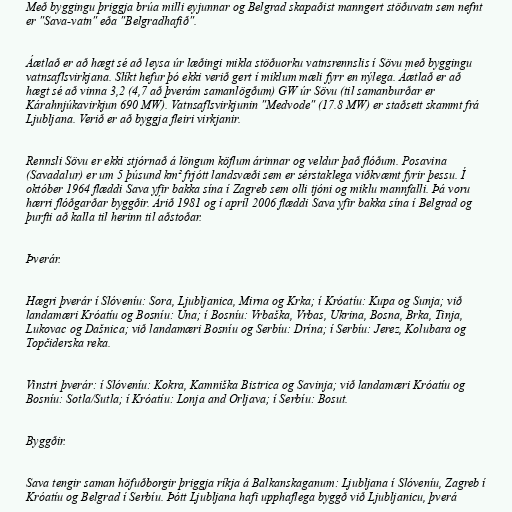
Með byggingu þriggja brúa milli eyjunnar og Belgrad skapaðist manngert stöðuvatn sem nefnt
er "Sava-vatn" eða "Belgradhafið".

Áætlað er að hægt sé að leysa úr læðingi mikla stöðuorku vatnsrennslis í Sövu með byggingu
vatnsaflsvirkjana. Slíkt hefur þó ekki verið gert í miklum mæli fyrr en nýlega. Áætlað er að
hægt sé að vinna 3,2 (4,7 að þverám samanlögðum) GW úr Sövu (til samanburðar er
Kárahnjúkavirkjun 690 MW). Vatnsaflsvirkjunin "Medvode" (17.8 MW) er staðsett skammt frá
Ljubljana. Verið er að byggja fleiri virkjanir.

Rennsli Sövu er ekki stjórnað á löngum köflum árinnar og veldur það flóðum. Posavina
(Savadalur) er um 5 þúsund km² frjótt landsvæði sem er sérstaklega viðkvæmt fyrir þessu. Í
október 1964 flæddi Sava yfir bakka sína í Zagreb sem olli tjóni og miklu mannfalli. Þá voru
hærri flóðgarðar byggðir. Árið 1981 og í apríl 2006 flæddi Sava yfir bakka sína í Belgrad og
þurfti að kalla til herinn til aðstoðar.

Þverár.

Hægri þverár í Slóveníu: Sora, Ljubljanica, Mirna og Krka; í Króatíu: Kupa og Sunja; við
landamæri Króatíu og Bosníu: Una; í Bosníu: Vrbaška, Vrbas, Ukrina, Bosna, Brka, Tinja,
Lukovac og Dašnica; við landamæri Bosníu og Serbíu: Drína; í Serbíu: Jerez, Kolubara og
Topčiderska reka.

Vinstri þverár: í Slóveníu: Kokra, Kamniška Bistrica og Savinja; við landamæri Króatíu og
Bosníu: Sotla/Sutla; í Króatíu: Lonja and Orljava; í Serbíu: Bosut.

Byggðir.

Sava tengir saman höfuðborgir þriggja ríkja á Balkanskaganum: Ljubljana í Slóveníu, Zagreb í
Króatíu og Belgrad í Serbíu. Þótt Ljubljana hafi upphaflega byggð við Ljubljanicu, þverá